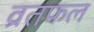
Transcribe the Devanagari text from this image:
व्रतफल